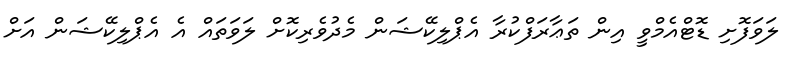
ލަވަފޮށި ޑޮޓްއެމްވީ އިން ތަޢާރަފްކުރާ އެޕްލިކޭޝަން މެދުވެރިކޮށް ލަވަތައް އެ އެޕްލިކޭޝަން އަށް